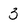
Character: 3